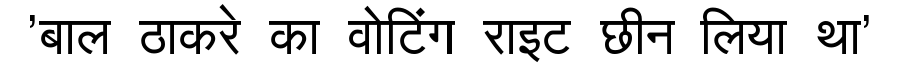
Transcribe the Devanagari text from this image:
'बाल ठाकरे का वोटिंग राइट छीन लिया था'